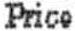
PRICE